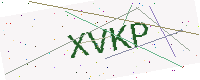
Text: XVKP